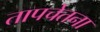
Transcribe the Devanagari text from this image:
तापचेतना